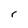
Character: r